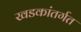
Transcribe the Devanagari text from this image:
खडकांतर्गत